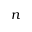
n